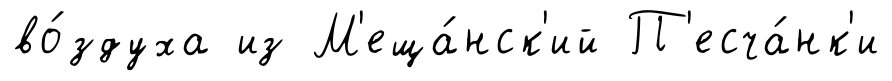
во́здуха из М'еща́нск'ий П'есча́нк'и